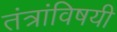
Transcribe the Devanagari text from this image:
तंत्रांविषयी